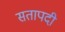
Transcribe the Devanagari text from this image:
सतापदी